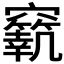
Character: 𥨼